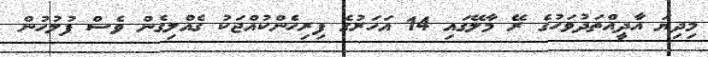
މިދިޔަ އާދީއްތަދުވަހުގެ ރޭ މާލޭގައި 14 އަހަރުގެ ފިރިހެންކުއްޖަކު ގެއްލިގެން ވެސް ފުލުހުން